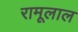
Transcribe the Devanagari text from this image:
रामूलाल